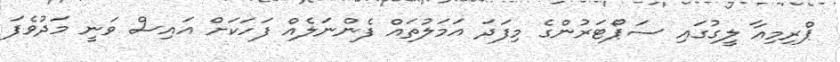
ޕްރިމިއާ ލީގުގައި ސަޕޯޓަރުންގެ މިފަދަ އަމަލުތައް ފެންނަލެއް ފަހަކަށް އައިސް ވަނީ މަދުވެފަ